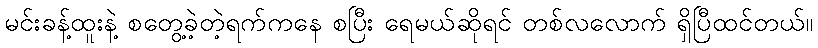
မင်းခန့်ထူးနဲ့ စတွေ့ခဲ့တဲ့ရက်ကနေ စပြီး ရေမယ်ဆိုရင် တစ်လလောက် ရှိပြီထင်တယ်။